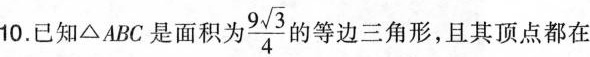
10.已知△ABC 是面积为 \frac{9 \sqrt{3}}{4} 的等边三角形，且其顶点都在